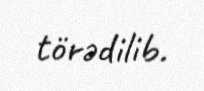
törədilib.